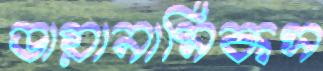
ডায়ানামিকস